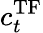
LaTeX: c_{t}^{\operatorname{TF}}